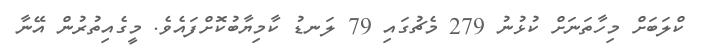
ކްލަބަށް މިހާތަނަށް ކުޅުނު 279 މެޗުގައި 79 ލަނޑު ކާމިޔާބުކޮށްފައެވެ. މީގެއިތުރުން އޭނާ